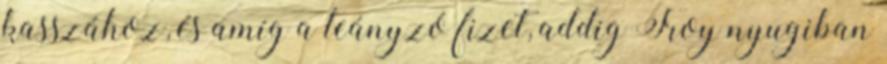
kasszához, és amíg a leányzó fizet, addig Troy nyugiban